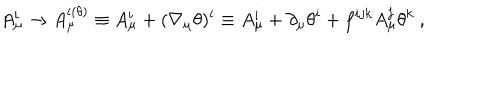
A _ { \mu } ^ { i } \rightarrow A _ { \mu } ^ { i ( \theta ) } \equiv A _ { \mu } ^ { i } + ( \nabla _ { \mu } \theta ) ^ { i } \equiv A _ { \mu } ^ { i } + \partial _ { \mu } \theta ^ { i } + f ^ { i j k } A _ { \mu } ^ { j } \theta ^ { k } \ ,